Scottish Leaving Certificate Examination, 1957
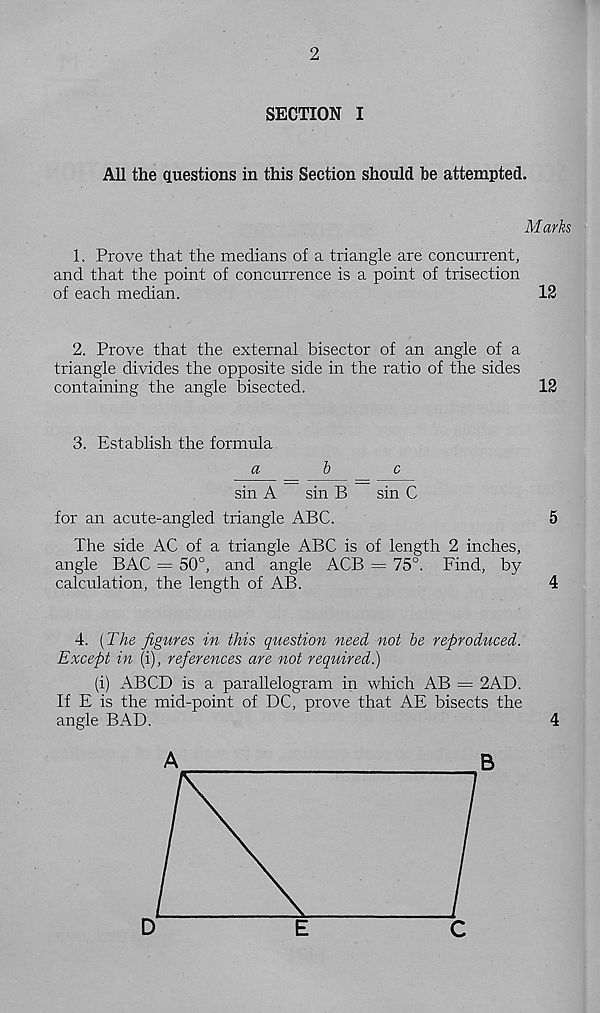
2
SECTION I
All the questions in this Section should be attempted.
Marks
1. Prove that the medians of a triangle are concurrent,
and that the point of concurrence is a point of trisection
of each median.
12
2. Prove that the external bisector of an angle of a
triangle divides the opposite side in the ratio of the sides
containing the angle bisected.
12
3. Establish the formula
a
b
c
sin A
sin B
sin C
for an acute-angled triangle ABC.
5
The side AC of a triangle ABC is of length 2 inches,
angle BAG = 50°, and angle ACB == 75°. Find, by
calculation, the length of AB.
4
4. (1'he figures in this question need not be reproduced.
Except in (i), references are not required.)
(i) ABCD is a parallelogram in which AB = 2AD.
If E is the mid-point of DC, prove that AE bisects the
angle BAD.
4
A
B